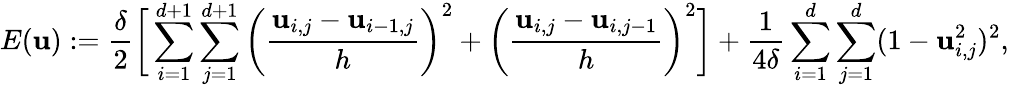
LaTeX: E(\boldsymbol{\mathbf{u}}):=\frac{{\delta}}{{2}}\bigg[\sum_{i=1}^{d+1}\sum_{j=1}^{d+1}\bigg(\frac{{\mathbf{u}_{i,j}-\mathbf{u}_{i-1,j}}}{{h}}\bigg)^{2}+\bigg(\frac{{\mathbf{u}_{i,j}-\mathbf{u}_{i,j-1}}}{{h}}\bigg)^{2}\bigg]+\frac{{1}}{{4\delta}}\sum_{i=1}^{d}\sum_{j=1}^{d}(1-\mathbf{u}_{i,j}^{2})^{2},